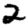
Digit: 2